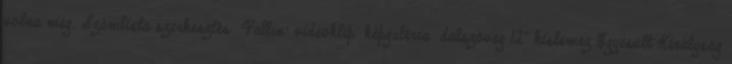
volna meg. Számlista szerkesztés Fallin’ videoklip képgaléria dalszöveg 12" kislemez Egyesült Királyság